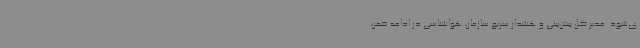
ی‌شود. مدیر کل پیش‌بینی و هشدار سریع سازمان هواشناسی در ادامه ضمن